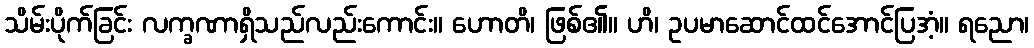
သိမ်းပိုက်ခြင်း လက္ခဏာရှိသည်လည်းကောင်း။ ဟောတိ၊ ဖြစ်၏။ ဟိ၊ ဥပမာဆောင်ထင်အောင်ပြအံ့။ ရညော၊